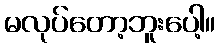
မလုပ်တော့ဘူးပေါ့။